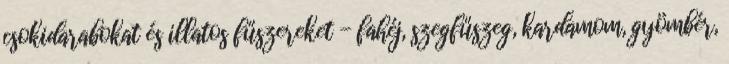
csokidarabokat és illatos fűszereket - fahéj, szegfűszeg, kardamom, gyömbér,